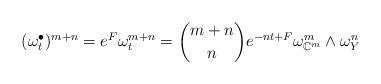
LaTeX: \begin{align*}(\omega^\bullet_t)^{m+n}=e^F\omega_t^{m+n}=\binom{m+n}{n}e^{-nt+F}\omega_{\mathbb{C}^m}^m\wedge\omega_Y^n\end{align*}